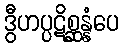
ဒွီဟပ္ပဋိစ္ဆန္နံပေ